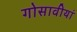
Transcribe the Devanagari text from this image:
गोसावीयां